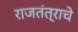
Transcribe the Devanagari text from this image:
राजतंत्राचे